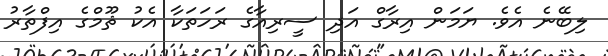
ލިބޭނެ އެވެ. ޔަމަން އިރާގް އަދި ސީރިއާގެ ރަހަތަކާ އެކު ޘޫމްގެ އިފްތާރު